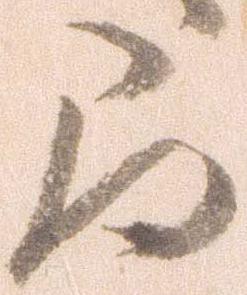
間